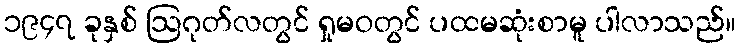
၁၉၄၇ ခုနှစ် ဩဂုတ်လတွင် ရှုမဝတွင် ပထမဆုံးစာမူ ပါလာသည်။